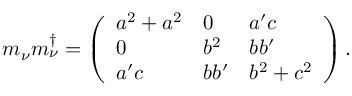
m _ { \nu } m _ { \nu } ^ { \dagger } = \left( \begin{array} { l l l } { { a ^ { 2 } + a ^ { 2 } } } & { { 0 } } & { { a ^ { \prime } c } } \\ { { 0 } } & { { b ^ { 2 } } } & { { b b ^ { \prime } } } \\ { { a ^ { \prime } c } } & { { b b ^ { \prime } } } & { { b ^ { 2 } + c ^ { 2 } } } \end{array} \right) .